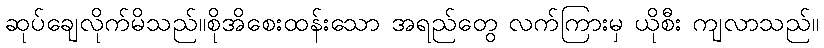
ဆုပ်ချေလိုက်မိသည်။စိုအိစေးထန်းသော အရည်တွေ လက်ကြားမှ ယိုစီး ကျလာသည်။